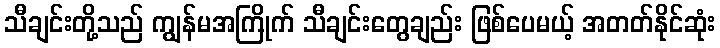
သီချင်းတို့သည် ကျွန်မအကြိုက် သီချင်းတွေချည်း ဖြစ်ပေမယ့် အတတ်နိုင်ဆုံး